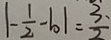
\vert - \frac { 1 } { 2 } - b \vert = \frac { 3 、 } { 2 }